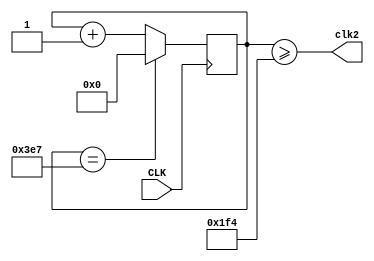
`timescale 1ns / 1ps
//////////////////////////////////////////////////////////////////////////////////
// Company: 
// Engineer: 
// 
// Design Name: 
// Module Name: frequency
// Project Name: 
// Target Devices: 
// Tool Versions: 
// Description: 
// 
// Dependencies: 
// 
// Revision:
// Revision 0.01 - File Created
// Additional Comments:
// 
//////////////////////////////////////////////////////////////////////////////////

module div1000hz(
    input CLK,
    output clk2
    );
    reg [9:0] count = 0;
    always @(posedge CLK)
        if (count == 999)
            count = 0;
        else
            count = count + 1;
        
    assign clk2 = count >= 500;
endmodule

module div10hz(
    input CLK,
    output clk1
    );
    reg [3:0] count = 0;
    always @(posedge CLK)
        if (count == 9)
            count = 0;
        else
            count = count + 1;
        
    assign clk1 = count >= 5;
endmodule

module div2hz(
    input CLK,
    output reg clk = 0
    );
    always @(posedge CLK)
        clk = ~clk;
endmodule